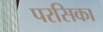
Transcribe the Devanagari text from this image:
परसिका